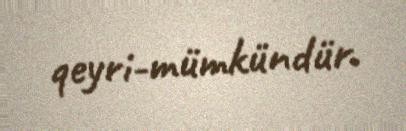
qeyri-mümkündür.